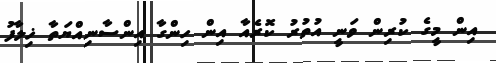
އިން މީގެ ކުރިން ވަނީ އުތުރު ކޮރެއާ އިން ހިންގާ އިންސާނިއްޔަތާ ޚިލާފު